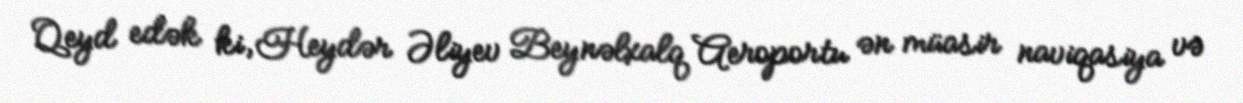
Qeyd edək ki, Heydər Əliyev Beynəlxalq Aeroportu ən müasir naviqasiya və